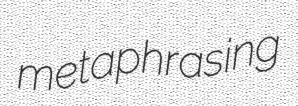
metaphrasing